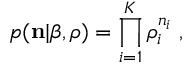
p ( { \bf n } | \beta , \boldsymbol { \rho } ) = \prod _ { i = 1 } ^ { K } \rho _ { i } ^ { n _ { i } } \; ,